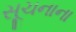
સૂચનાના